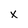
Character: x